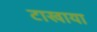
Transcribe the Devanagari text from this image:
टाखाया